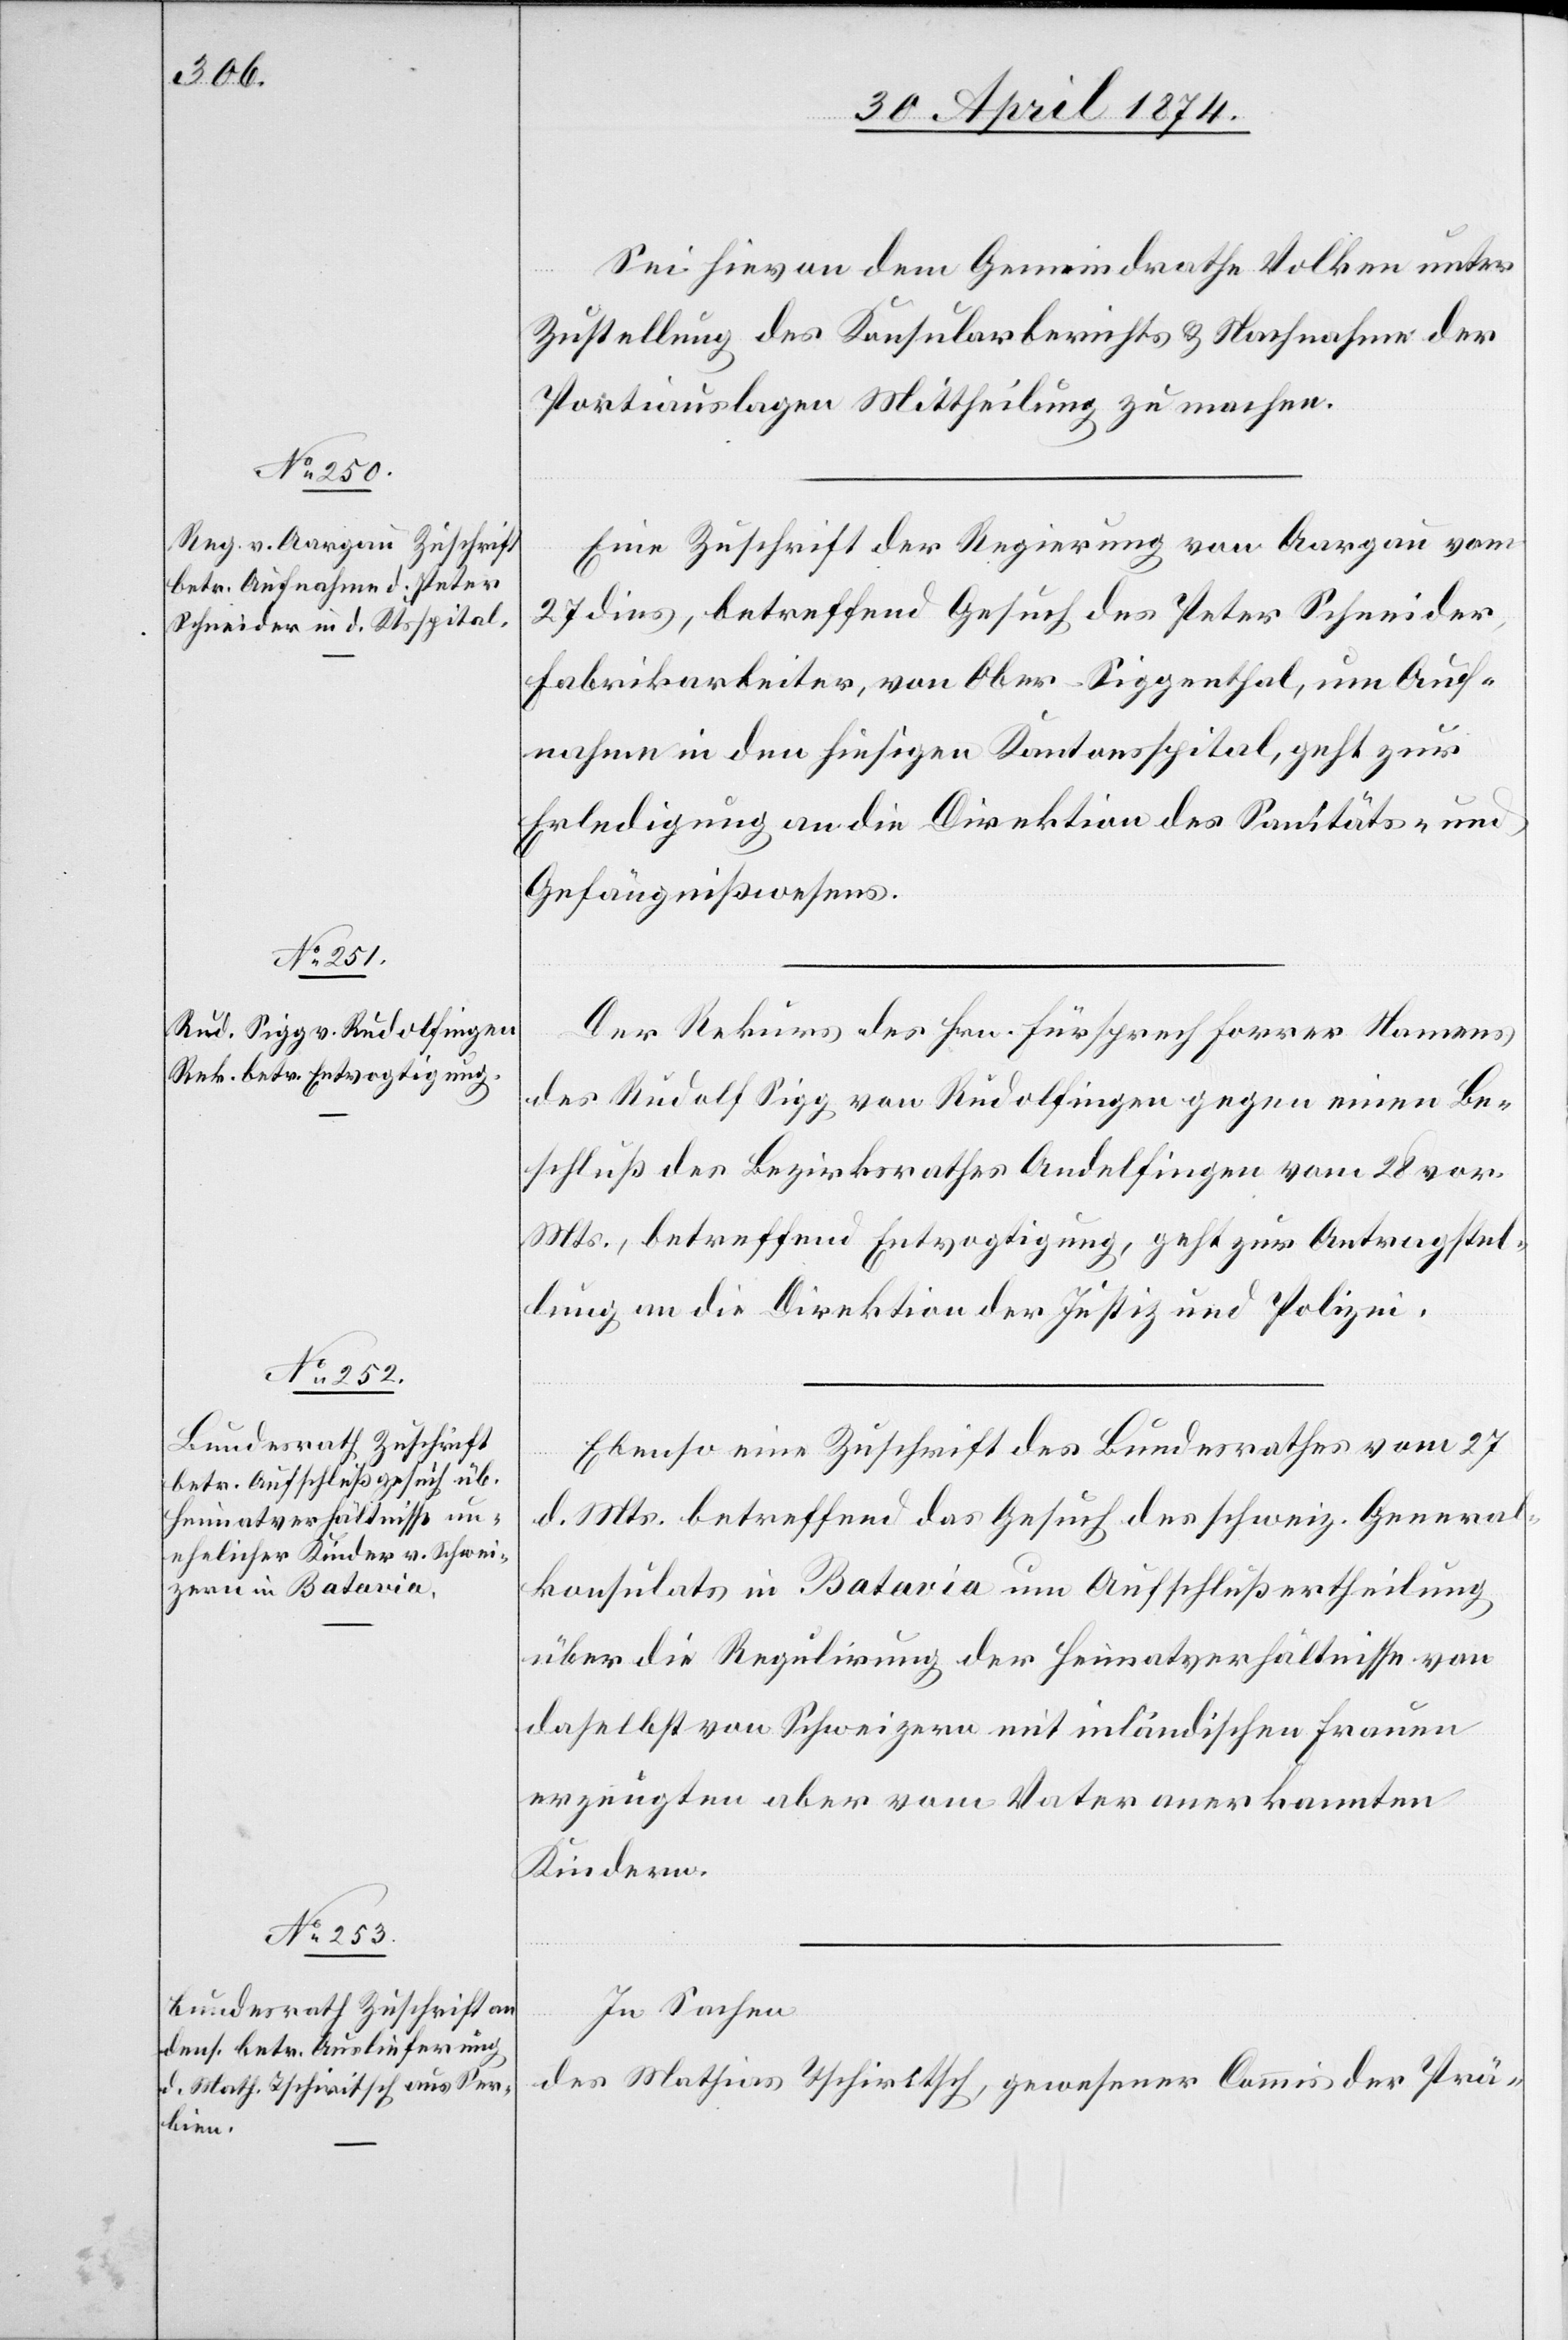
30. April 1874.]
Sei hievon dem Gemeindrathe Volken unter
Zustellung des Konsularberichts u. Nachnahme der
Portioauslagen Mittheilung zu machen.
Eine Zuschrift der Regierung von Aargau vom
27. dies, betreffend Gesuch des Peter Schneider,
Fabrikarbeiter, von Ober-Siggenthal, um Auf¬
nahme in den hiesigen Kantonsspital, geht zur
Erledigung an die Direktion des Sanitäts- und
Gefängnißwesens.
Der Rekurs des Hrn. Fürsprech Forrer Namens
des Rudolf Sigg von Rudolfingen gegen einen Be¬
schluß des Bezirksrathes Andelfingen vom 28. vor.
Mts., betreffend Entvogtigung, geht zur Antragstel¬
lung an die Direktion der Justiz und Polizei.
Ebenso eine Zuschrift des Bundesrathes vom 27.
d. Mts. betreffend das Gesuch des schweiz. General¬
konsulats in Batavia um Anschlußertheilung
über die Regulirung der Heimatverhältnisse von
daselbst von Schweizern mit inländischen Frauen
erzeugten aber vom Vater anerkannten
Kindern.
In Sachen
des Mathias Tschiritsch, gewesener Commis der Prä-